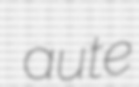
aute